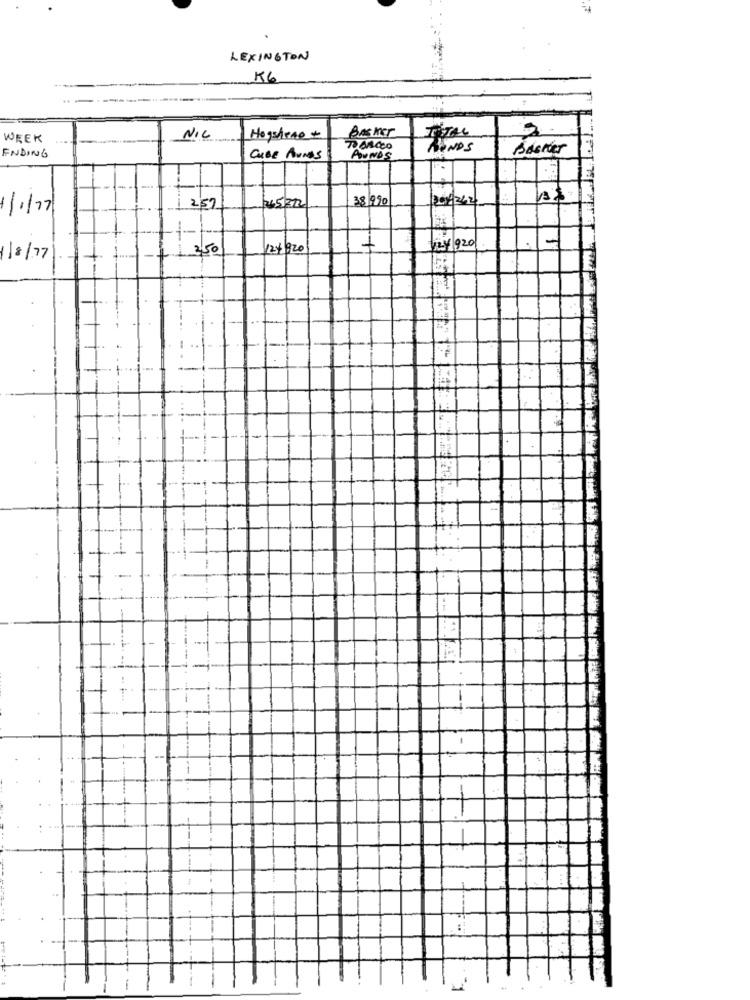
LEXINGTON
KG
Basker
TOTAL
WEEK
NIL
Hogstrae +
TOBACCO
HANDS
Bacher
ENDING
CUBE AUNOS
POUNDS
381990
1/1/17
2'57
45/212
350
124 920
124/920
1/8/77
1